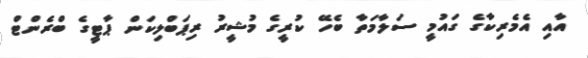
އާއި އެމެރިކާގެ ގައުމީ ސަލާމަތާ ބެހޭ ކުރީގެ މުޝީރު ރިޕަބްލިކަން ޕާޓީގެ ބްރެންޓް